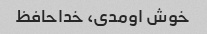
خوش اومدی، خداحافظ